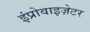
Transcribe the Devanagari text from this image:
इंप्रोवाइज़ेटर